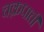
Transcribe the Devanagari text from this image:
चक्रपाती